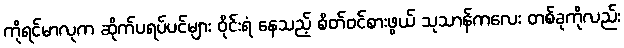
ကိုရင်မာလုက ဆိုက်ပရပ်ပင်များ ဝိုင်းရံ နေသည့် စိတ်ဝင်စားဖွယ် သုသာန်ကလေး တစ်ခုကိုလည်း